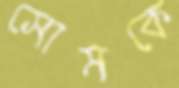
সোমকে